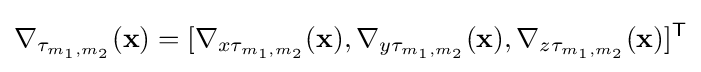
\nabla _{\tau _{m_{1},m_{2}}}(\mathbf {x} )=[\nabla _{x\tau _{m_{1},m_{2}}}(\mathbf {x} ),\nabla _{y\tau _{m_{1},m_{2}}}(\mathbf {x} ),\nabla _{z\tau _{m_{1},m_{2}}}(\mathbf {x} )]^{\mathsf {T}}